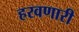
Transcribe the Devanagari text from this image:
हरवणारी